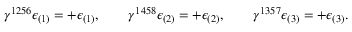
\gamma ^ { 1 2 5 6 } \epsilon _ { ( 1 ) } = + \epsilon _ { ( 1 ) } , \qquad \gamma ^ { 1 4 5 8 } \epsilon _ { ( 2 ) } = + \epsilon _ { ( 2 ) } , \qquad \gamma ^ { 1 3 5 7 } \epsilon _ { ( 3 ) } = + \epsilon _ { ( 3 ) } .